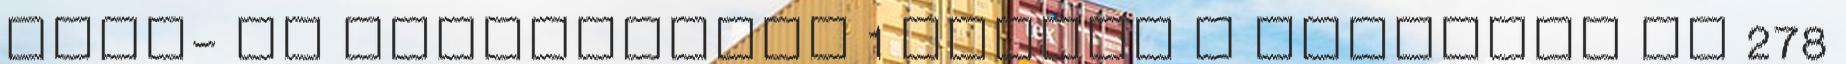
Baba- és gyerekbarát 1 Legyen a közelben OK 278